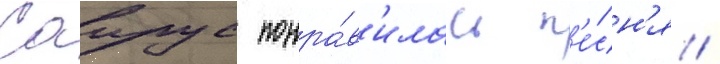
Саирус понра́в'илась п'е́сн'я /